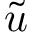
\tilde { u }